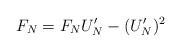
LaTeX: \begin{align*}{F_N} = {F_N} U_N' - (U_N')^2 \end{align*}